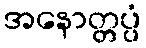
အနောတ္တပ္ပံ